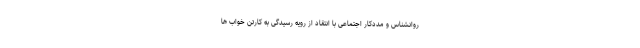
روانشناس و مددکار اجتماعی با انتقاد از رویه رسیدگی به کارتن خواب ها